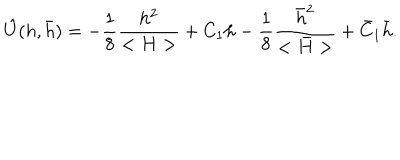
LaTeX: \hat { U } ( h , \bar { h } ) = - { \frac { 1 } { 8 } } { \frac { h ^ { 2 } } { < H > } } + C _ { 1 } h - { \frac { 1 } { 8 } } { \frac { \bar { h } ^ { 2 } } { < \bar { H } > } } + \bar { C } _ { 1 } \bar { h } .